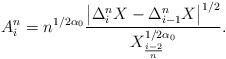
LaTeX: \begin{align*} A^n_i = n^{1/ 2\alpha_0} \frac{\left|\Delta_i^n X- \Delta_{i-1}^n X\right|^{1/2} }{X_{\frac{i-2}{n}}^{1/ 2\alpha_0}}.\end{align*}